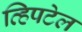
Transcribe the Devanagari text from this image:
व्हिपटेल